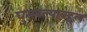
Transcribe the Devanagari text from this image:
घुसवल्याबद्दल